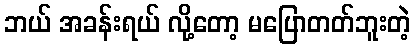
ဘယ် အခန်းရယ် လို့တော့ မပြောတတ်ဘူးတဲ့